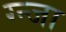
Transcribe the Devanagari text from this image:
ग्न्जा